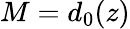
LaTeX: {M=d_{0}(z)}